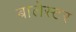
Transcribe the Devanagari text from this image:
बालेस्टर